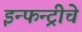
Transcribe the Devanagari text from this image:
इन्फन्ट्रीचे